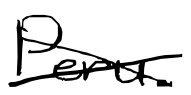
Text: Peru.
Cross-out: cross
Writing tool: digital_black